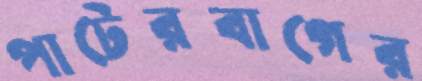
পাটেরবাগের